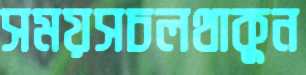
সময়সচলথাকুন